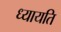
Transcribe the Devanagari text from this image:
ध्यायति